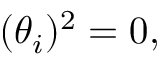
( \theta _ { i } ) ^ { 2 } = 0 ,